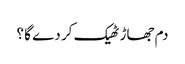
دم جھاڑ ٹھیک کر دے گا ؟